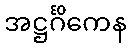
အဋ္ဌင်္ဂိကေန